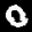
Label: 0